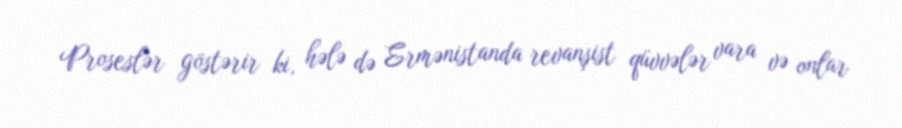
Proseslər göstərir ki, hələ də Ermənistanda revanşist qüvvələr vara və onlar